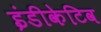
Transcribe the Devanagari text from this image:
इंडीकेटिव